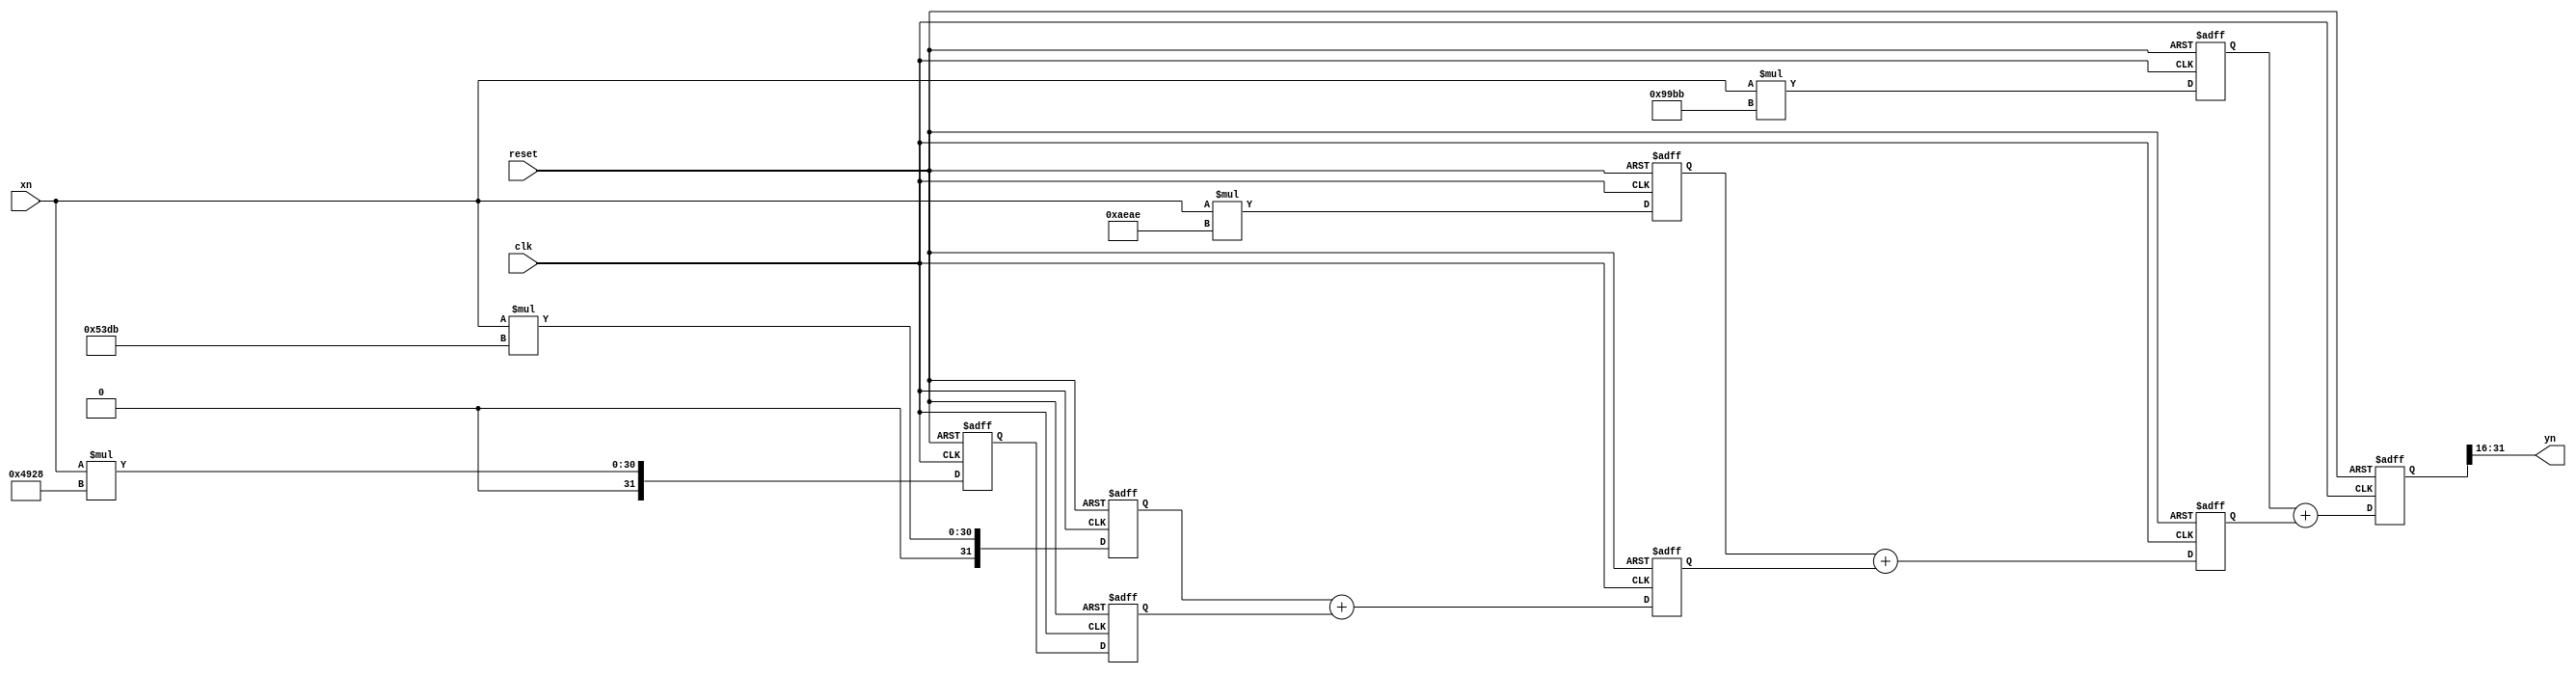

module pipelined_fir(clk,reset,xn,yn);
input clk,reset;
input [15:0] xn;
output wire signed [15:0] yn;
parameter signed [15:0] h0=16'b1001100110111011;
parameter signed [15:0] h1=16'b1010111010101110;
parameter signed [15:0] h2=16'b0101001111011011;
parameter signed [15:0] h3=16'b0100100100101000;
reg signed [31:0] mul_reg [0:3];
reg signed [31:0] add_reg [0:2];
reg signed [31:0] yn_reg;
always @(posedge clk or posedge reset)
	if(reset)
		begin
		mul_reg[0]<=0;
		mul_reg[1]<=0;
		mul_reg[2]<=0;
		mul_reg[3]<=0;
		add_reg[0]<=0;
		add_reg[1]<=0;
		add_reg[2]<=0;
		yn_reg<=0;	
		end
	else
		begin
		add_reg[0]<=mul_reg[0];
		add_reg[1]<=mul_reg[1]+add_reg[0];
		add_reg[2]<=mul_reg[2]+add_reg[1];
		yn_reg<=mul_reg[3]+add_reg[2];
		mul_reg[0]<=xn*h3;
		mul_reg[1]<=xn*h2;
		mul_reg[2]<=xn*h1;
		mul_reg[3]<=xn*h0;
		end
	assign yn=yn_reg[31:16];
endmodule